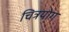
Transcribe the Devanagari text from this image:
चित्रयोग